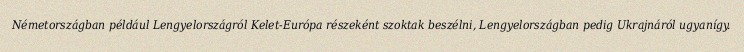
Németországban például Lengyelországról Kelet-Európa részeként szoktak beszélni, Lengyelországban pedig Ukrajnáról ugyanígy.